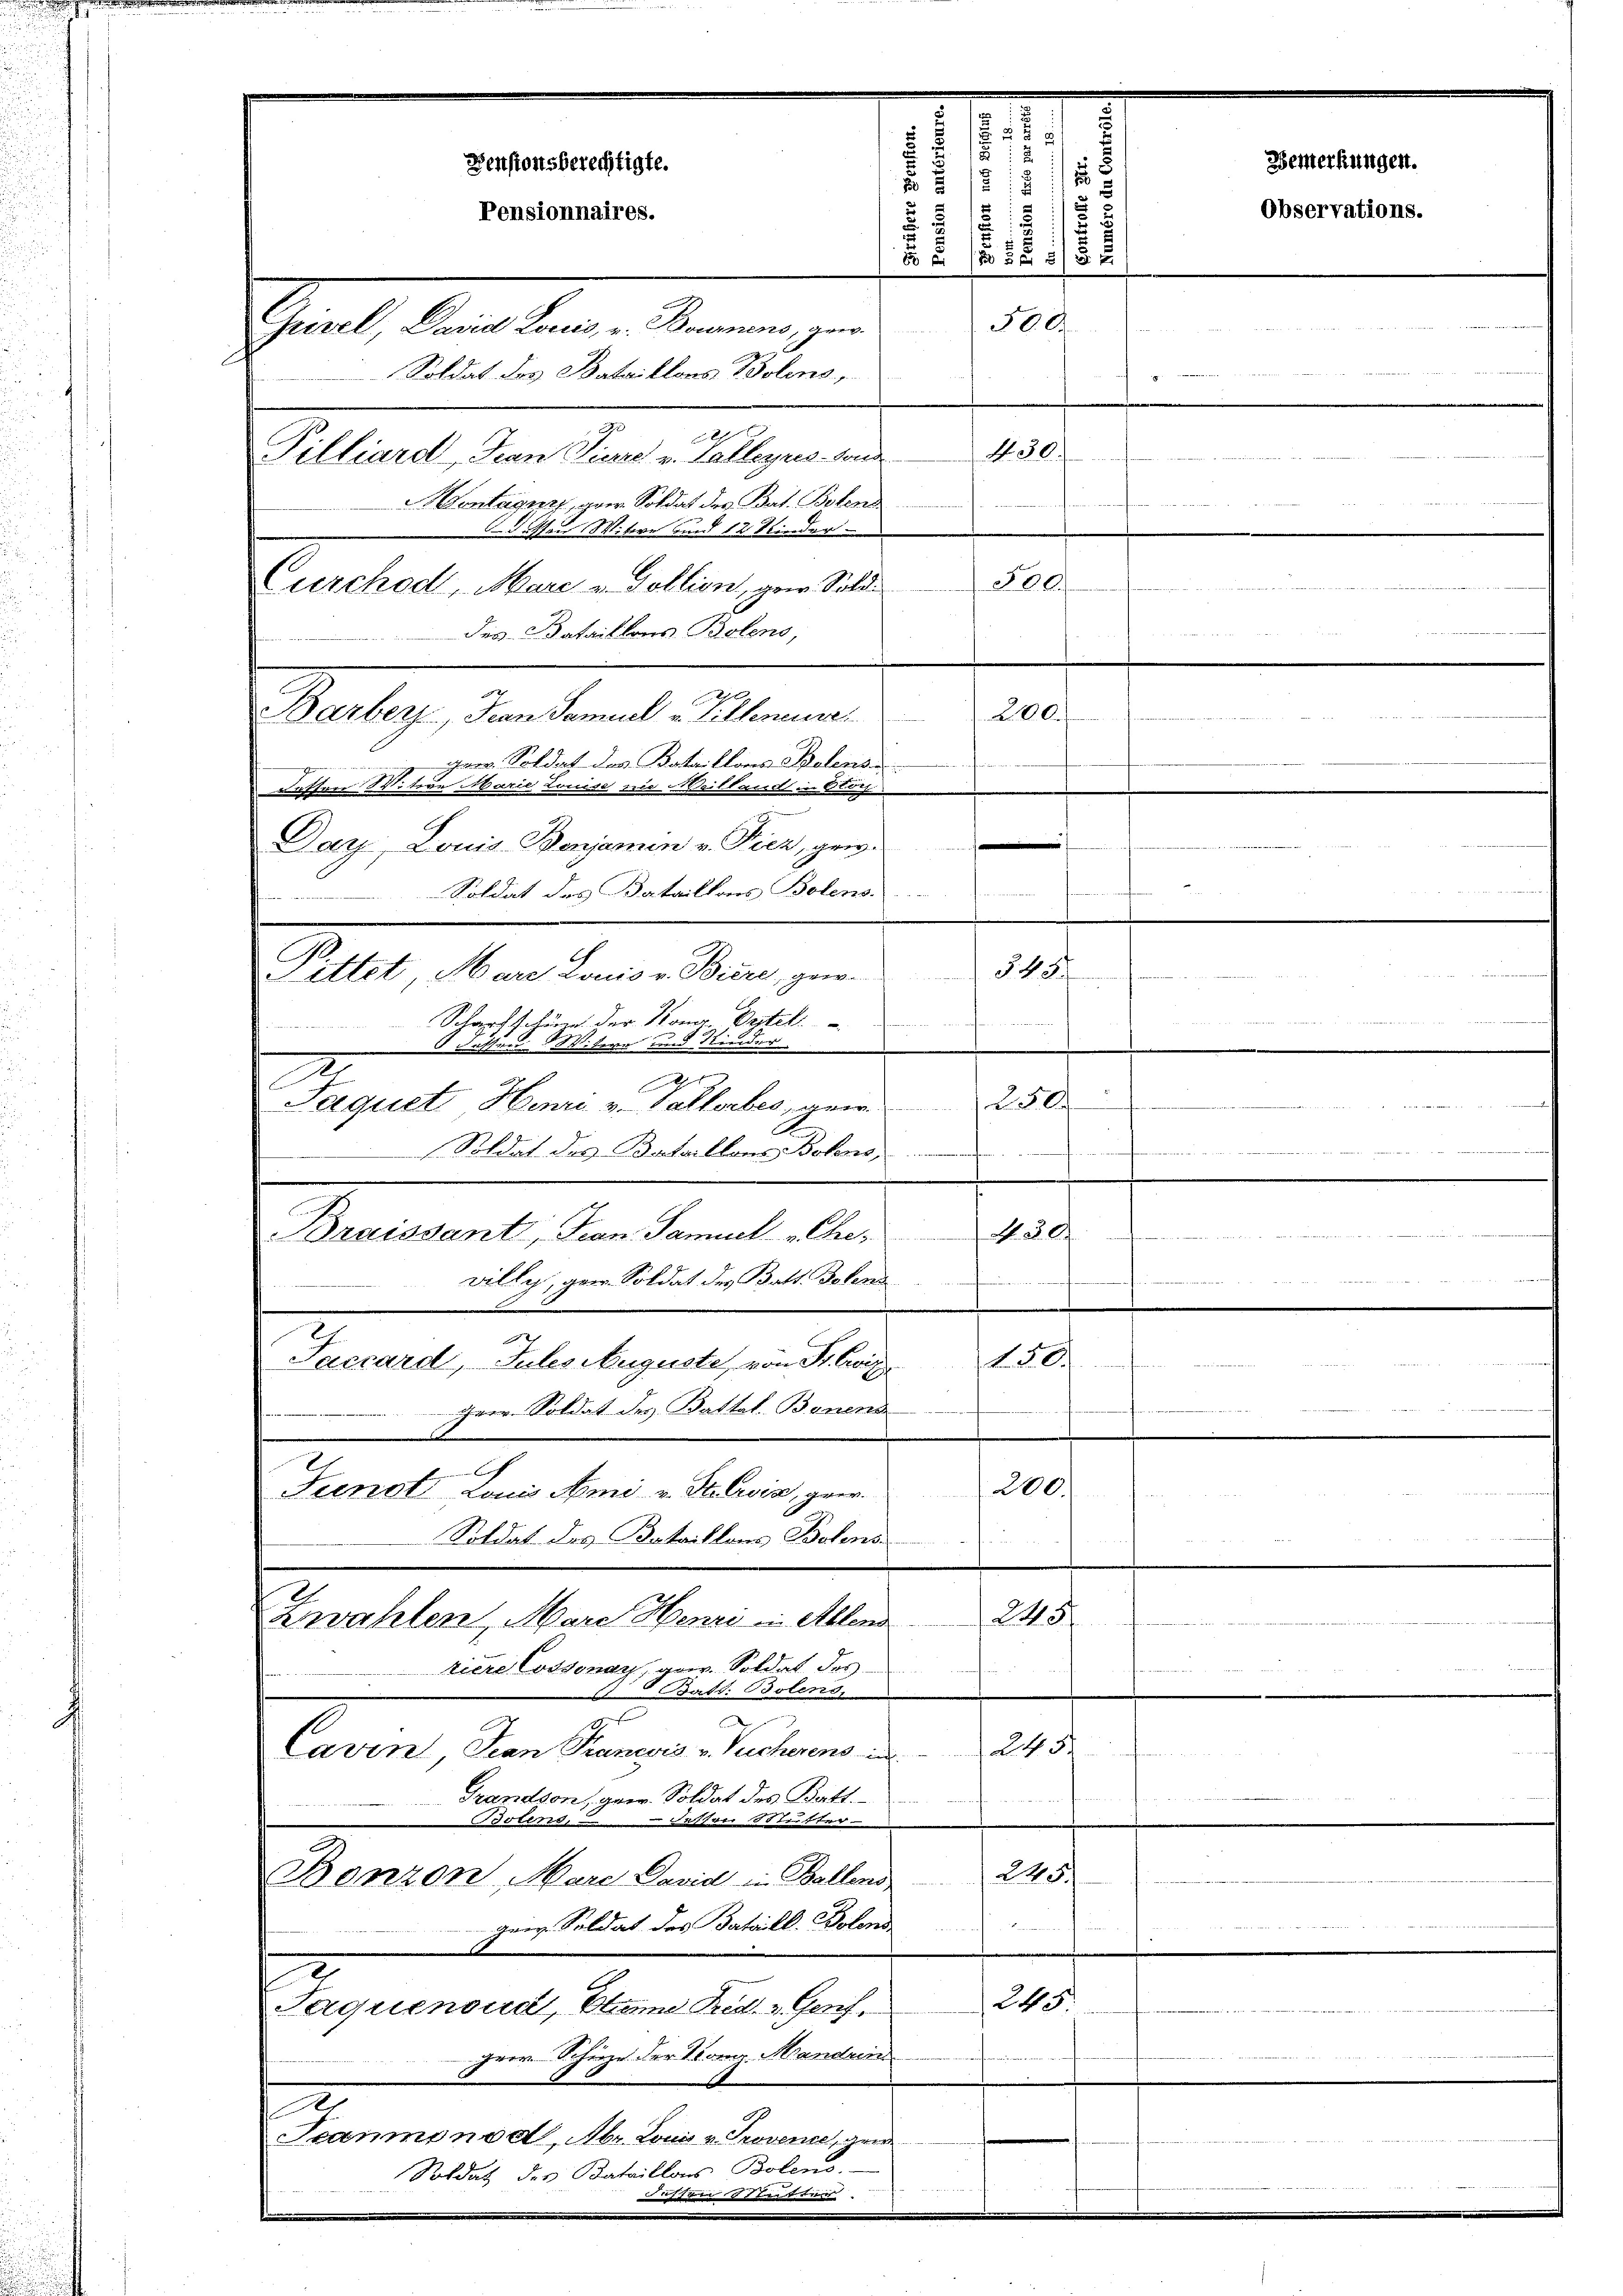
300.
Curchod, Marc u. Gollion, gew. Sold
des Bataillons Botens
Barberz, Jean Samuel Pillene
gem. Soldat des Bataillons Polens
Fatten Witwe Marie Louise nie Weillais in Blöc
Daz, Louis Benjamin v. Picz, gew.
Soldat des Bataillons Bolens.

Pittet Mare Louis v. Biere, gew
Schopfschürze der Komar Ortel.
8 desserer Witere und Kinder
2
Jaquet Henri v. Gallerbes, gew
Soldat des Bataillons Sohns,
.
. §. 6.
Braissant, Fran. Samuel "Chrevilly, gew. Soldat des Batt. Solend
s
150.
Tacrard, Jules Auguste, von Sr. Ewig
t
Hr. Soldat des Battal. Bonens
200.
Frenst Louis Ami v. Stein, geer¬
Soldat des Bataillons Botens.
f
245
Zwahlen, Mare Henne in Ablend
s
riere Cossonay, gew. Soldat des
Batt. Bolens,
mensel
2
24
Cavin Jean Pranesis v. Pucherens in
fen

Grandson, geer. Soldat des Batt.
 Fessen Mutter-
Bolens, u
245.
Bonzon, Mare David in Ballens
ganz Soldat des Bataill. Bolens
u

24
Jaquenoud, Eleme Frid. 3. Gesch
hrer Schütze der Konr. Manden
F
Trammonod, Mr. Louis v. Provenie, gen
Soldat der Bataillons Bolen.
i
dissen leitter
2

2
Pensionsberechtigte.
.
8
515
Pensionnaires.
B 6 (80 BE 5/22
500.
Grisel, David Louis, u. Baumens, par
Soldat des Bataillons Bolino,
4. 30.
Pilliardt, Jean Pöcze v. Galleyres von
Montagner, aber Soldat des Bat. Botens
dessen Witwe und 12 Kinder

200.
e

§. 15
e
250.

¬

Bemerkungen.
Observations.